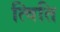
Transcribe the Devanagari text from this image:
त्विति